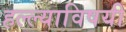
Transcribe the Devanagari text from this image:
हल्ल्याविषयी